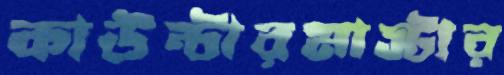
কাউন্টারমাস্টার